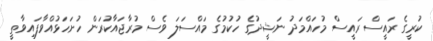
ކުރީގެ ރައީސް ރައީސް މުހައްމަދު ނަޝީދުގެ ހުކުމުގެ މައްސަލަ ވެސް މުރާޖައާކުރަން ހުށަހަޅުއްވާފައިވާތީ